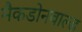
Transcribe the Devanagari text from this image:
मैकडोनवाल्ड